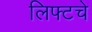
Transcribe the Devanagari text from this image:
लिफ्टचे